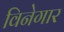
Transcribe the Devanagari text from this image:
विनेगार